Annual report of the Punjab Veterinary College and of the Civil Veterinary Department, Punjab - 1894-1908
Year: 1894
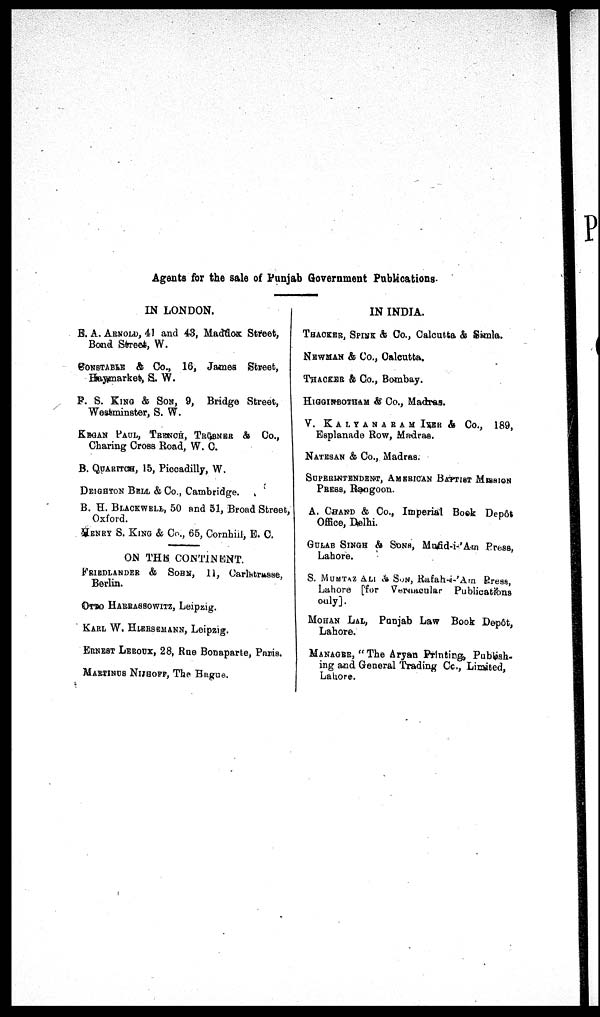
Agents for the sale of Punjab Government Publications.
IN LONDON.
E. A. ARNOLD,41 and 43, Maddox Street,
Bond Street, W.
CONSTABLE & Co., 16, James Street,
Haymarket, S. W.
P. S. KING & SON, 9, Bridge Street,
Westminster, S. W.
KEGAN PAUL, TRENCH, TRUBNER & Co.,
Charing Cross Road, W. C.
B.QUARITCH ,15, Piccadilly, W.
DEIGHTON BELL & Co., Cambridge.
B. H. BLACKWELL,50 and 51, Broad Street,
Oxford.
HENRY S. KING & Co., 65, Cornhill, E. C.
ON THE CONTINENT.
FRIEDLANDER & SOHN, 11, Carlstrasse,
Berlin.
OTTO HARRASSOWITZ , Leipzig.
KARL W. HLERSEMANN, Leipzig.
ERNEST LEROUX, 28, Rue Bonaparte, Panis.
MARTINUS NIJHOFF, The Hague.
IN INDIA.
THACKER,SPINK& Co., Calcutta & Simla.
NEWMAN & Co., Calcutta.
THACKER & Co., Bombay.
HIGGINBOTHAM & Co., Madras.
K A L Y A N A R A M IYER & CO., 189,
Esplanade Row, Madras.
NATESAN & Co., Madras.
SUPERINTENDENT, AMERICAN BATTIST MISSION
PRESS,Rangoon.
A. CHAND & Co., Imperial Book Depôt
Office, Delhi.
GULAB SINGH &SONS Mnfid-i-'Am Press,
Lahore.
S.MUMTAZ ALI& SON ,Rafah-i-'Am Press,
Lahore [for Vernacular Publications
only].
MOHAN LAL, Punjab Law Book Depôt,
Lahore.
MANAGER, "The Aryan Printing Publish-
ing and General Trading Co., Limited,
Lahore.